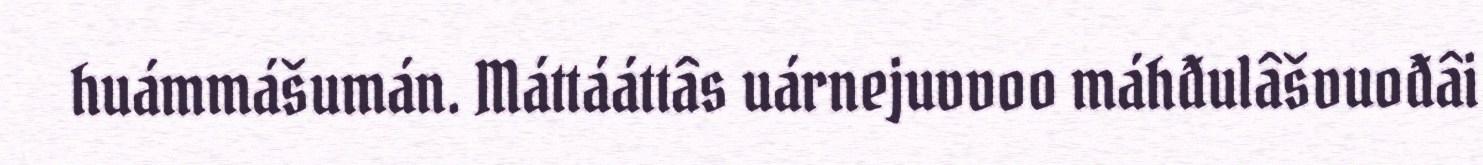
huámmášumán. Máttááttâs uárnejuvvoo máhđulâšvuođâi